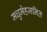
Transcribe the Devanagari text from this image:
मधुमेहजनित